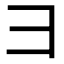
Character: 𫜹